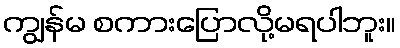
ကျွန်မ စကားပြောလို့မရပါဘူး။